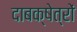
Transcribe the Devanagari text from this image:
दाबक्षेत्रों